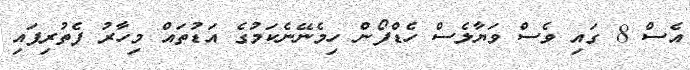
އެސް 8 ގައި ވެސް ވަޔާލެސް ހެޑްފޯން ހިމެނޭނެކަމުގެ އަޑުތައް މިހާރު ފެތުރިފައި